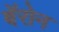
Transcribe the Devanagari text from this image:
बॅरोन